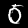
Digit: 0